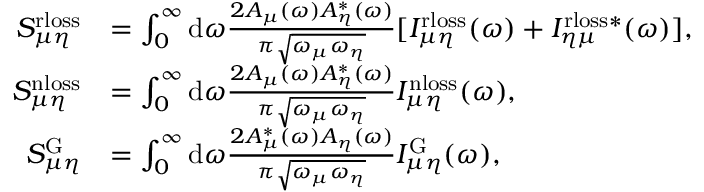
\begin{array} { r l } { S _ { \mu \eta } ^ { \mathrm { r l o s s } } } & { = \int _ { 0 } ^ { \infty } { \mathrm d } \omega \frac { 2 A _ { \mu } ( \omega ) A _ { \eta } ^ { * } ( \omega ) } { \pi \sqrt { \omega _ { \mu } \omega _ { \eta } } } [ I _ { \mu \eta } ^ { \mathrm { r l o s s } } ( \omega ) + I _ { \eta \mu } ^ { \mathrm { r l o s s * } } ( \omega ) ] , } \\ { S _ { \mu \eta } ^ { \mathrm { n l o s s } } } & { = \int _ { 0 } ^ { \infty } { \mathrm d } \omega \frac { 2 A _ { \mu } ( \omega ) A _ { \eta } ^ { * } ( \omega ) } { \pi \sqrt { \omega _ { \mu } \omega _ { \eta } } } I _ { \mu \eta } ^ { \mathrm { n l o s s } } ( \omega ) , } \\ { S _ { \mu \eta } ^ { \mathrm { G } } } & { = \int _ { 0 } ^ { \infty } { \mathrm d } \omega \frac { 2 A _ { \mu } ^ { * } ( \omega ) A _ { \eta } ( \omega ) } { \pi \sqrt { \omega _ { \mu } \omega _ { \eta } } } I _ { \mu \eta } ^ { \mathrm { G } } ( \omega ) , } \end{array}